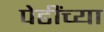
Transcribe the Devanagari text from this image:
पेढींच्या